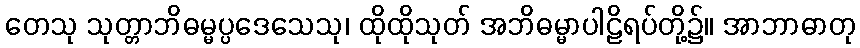
တေသု သုတ္တာဘိဓမ္မပ္ပဒေသေသု၊ ထိုထိုသုတ် အဘိဓမ္မာပါဠိရပ်တို့၌။ အာဘာဓာတု